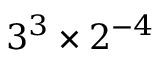
3 ^ { 3 } \times 2 ^ { - 4 }